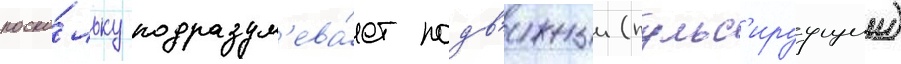
поско́льку подразум'ева́ет подв'ижныи (пульс'ируущии)